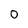
Character: 0